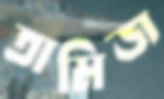
তামিজ